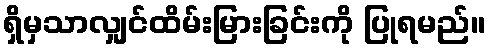
ရှိမှသာလျှင်ထိမ်းမြားခြင်းကို ပြုရမည်။